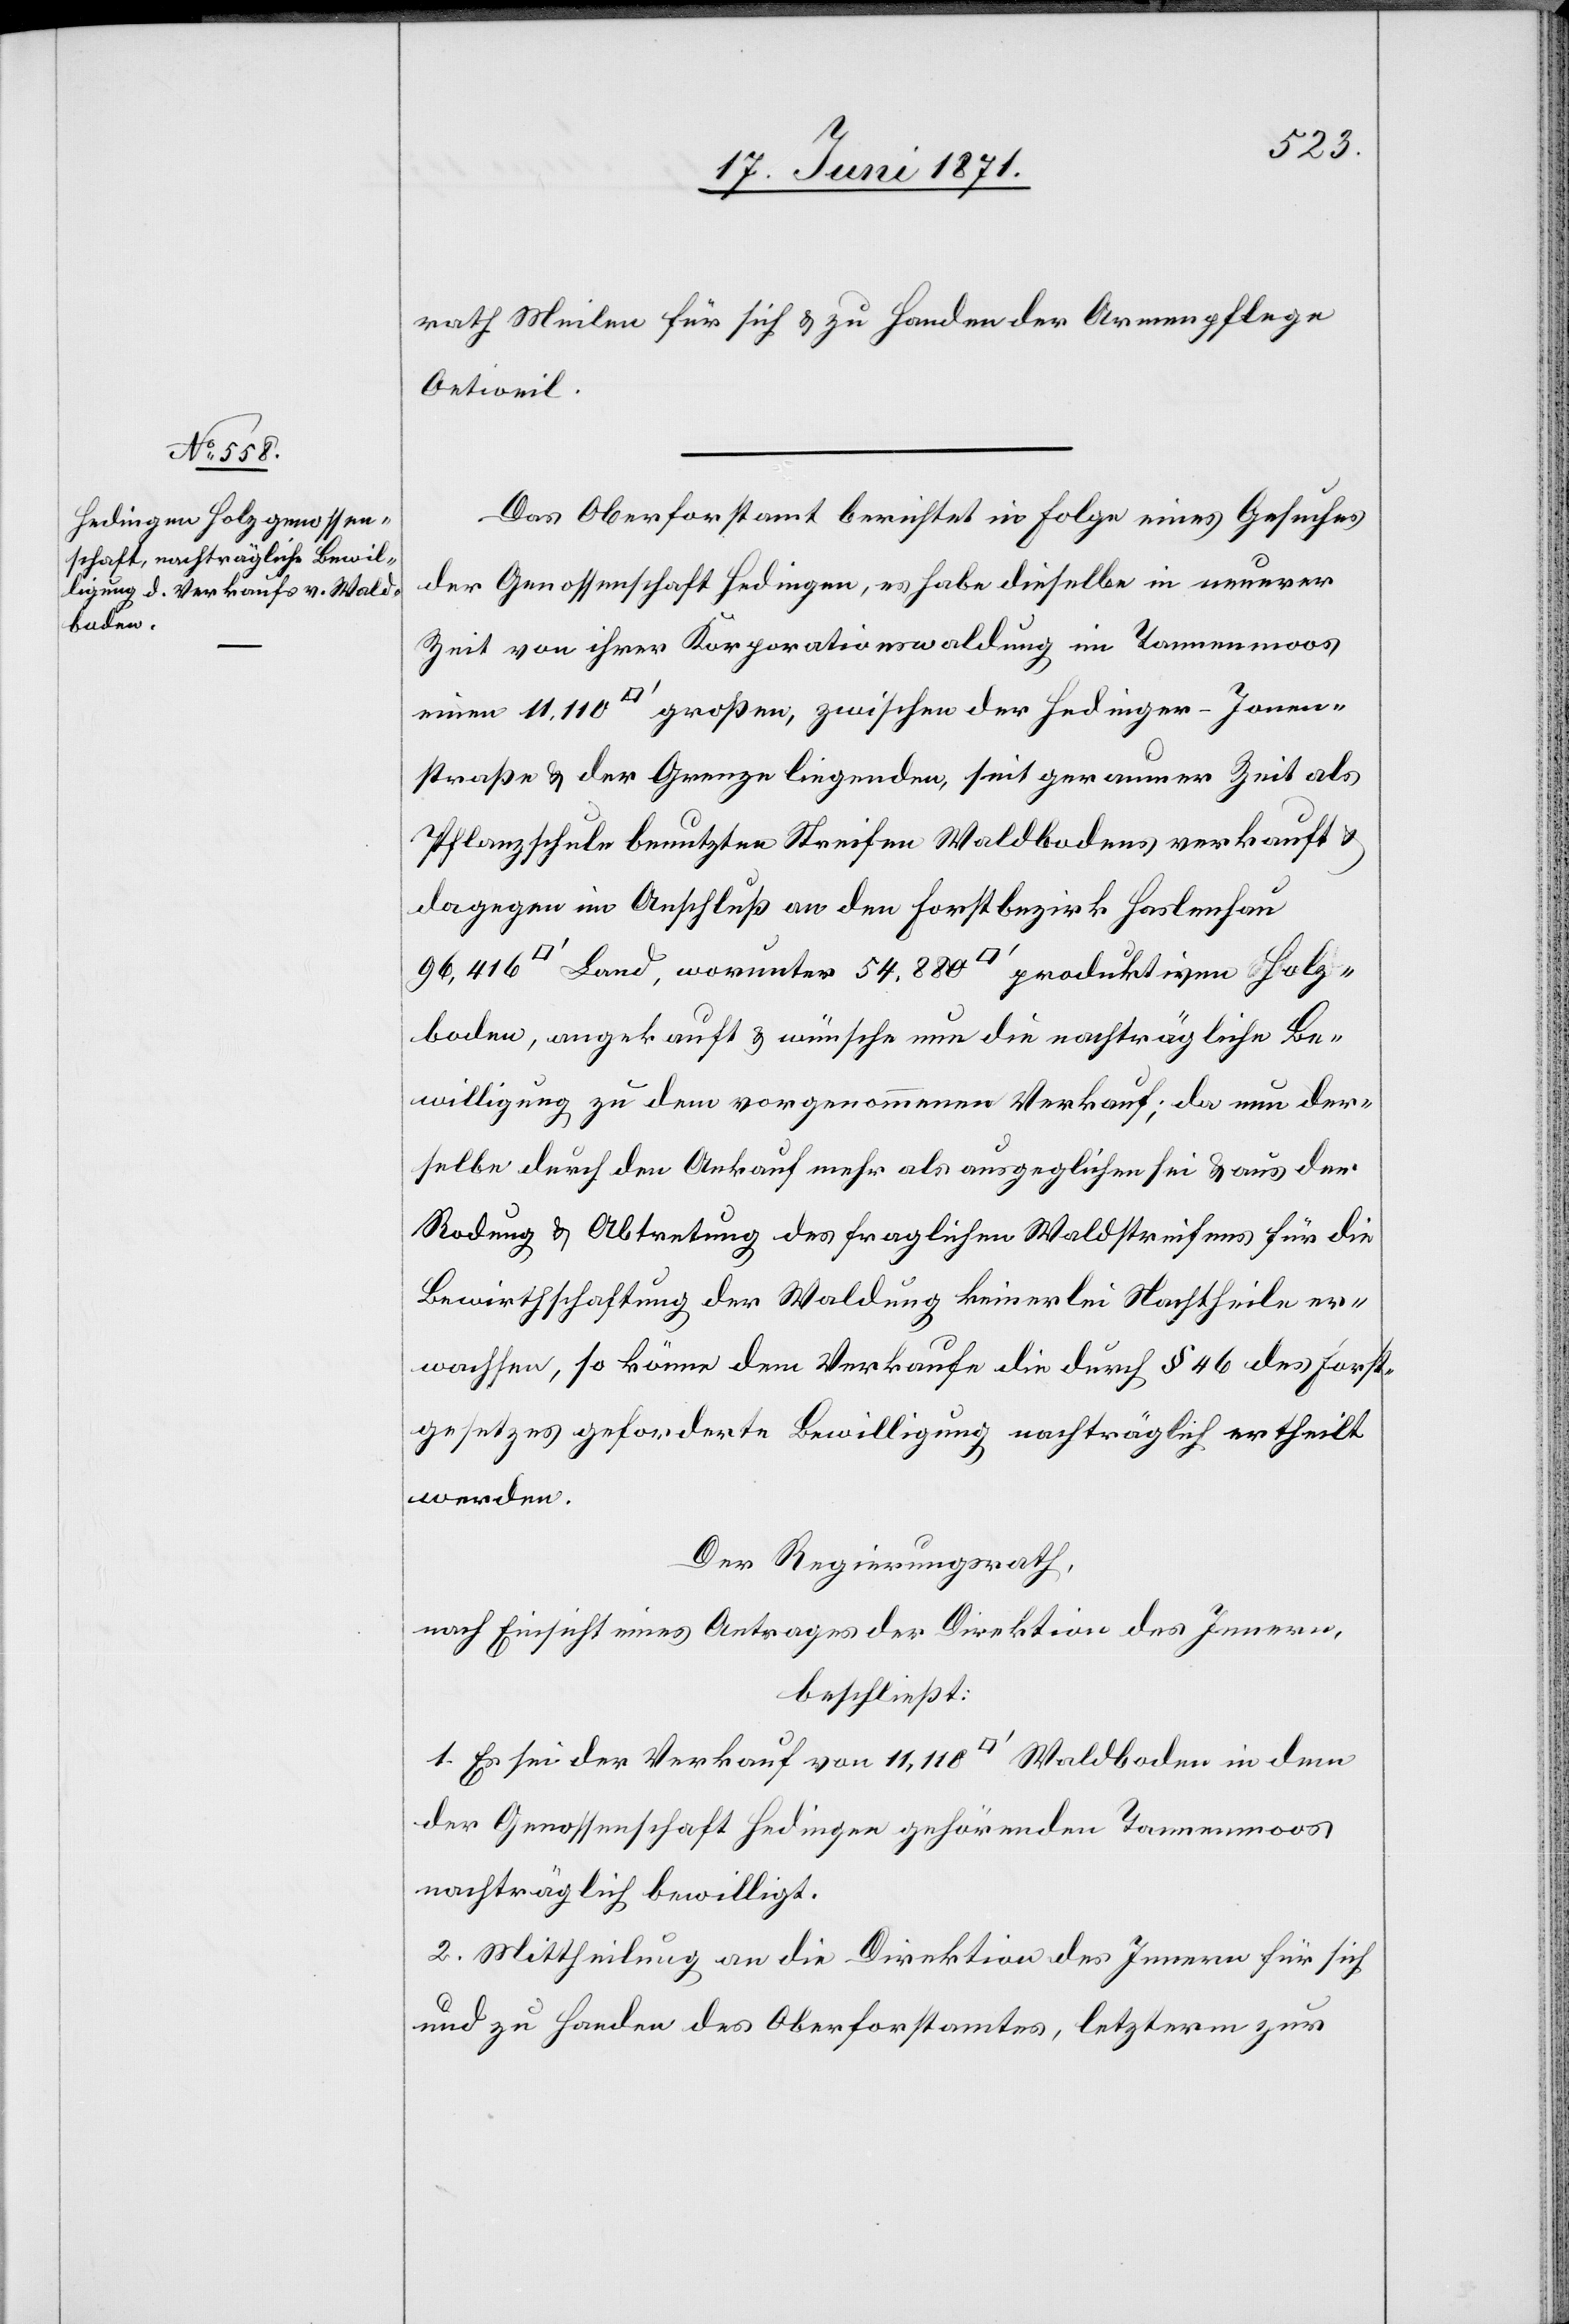
Holz¬
rath Meilen für sich u. zu Handen der Armenpflege
Oetweil.
Das Oberforstamt berichtet in Folge eines Gesuches
der Genossenschaft Hedingen, es habe dieselbe in neuerer
Zeit von ihrer Korporationswaldung im Tannenmoos
einen 11.110 [Quadratfuss] großen, zwischen der Hedinger-Innen¬
straße u. der Grenze liegenden, seit geraumer Zeit als
Pflanzschule benutzten Streifen Waldbodens verkauft u.
dagegen im Anschluß an den Forstbezirk Haslenhau
boden, angekauft u. wünsche nun die nachträgliche Be¬
willigung zu dem vorgenommenen Verkauf; da nun der¬
selbe durch den Ankauf mehr als ausgeglichen sei u. aus den
Rodung u. Abtretung des fraglichen Waldstreifens für die
Bewirtschaftung der Waldung keinerlei Nachtheile er¬
wachsen, so könne dem Verkaufe die durch § 46 des Forst¬
gesetzes geforderte Bewilligung nachträglich ertheilt
werden.
Der Regierungsrath,
nach Einsicht eines Antrages der Direktion des Innern,
beschließt:
1. Es sei der Verkauf von 11,110 [Quadratfuss] Waldboden in dem
der Genossenschaft Hedingen gehörenden Tannenmoos
nachträglich bewilligt.
2. Mittheilung an die Direktion des Innern für sich
und zu Handen des Oberforstamtes, letzterm zur